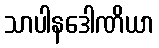
သာပါနဒေါဏိယာ